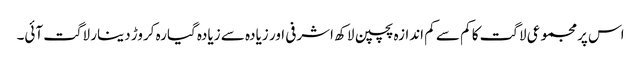
اس پرمجموعی لاگت کا کم سے کم اندازہ پچپن لاکھ اشرفی اور زیادہ سے زیادہ گیارہ کروڑ دینار لاگت آئی۔